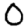
Digit: 0